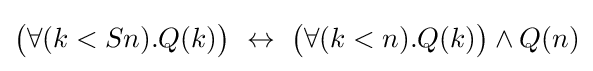
{\big (}\forall (k<Sn).Q(k){\big )}\,\,\leftrightarrow \,\,{\big (}\forall (k<n).Q(k){\big )}\land Q(n)